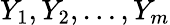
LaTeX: Y_{1},Y_{2},\ldots,Y_{m}